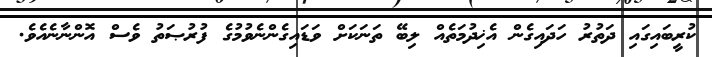
ކުރީބައިގައި ދަތުރު ހަދައިގެން އެޚިދުމަތެއް ލިބޭ ތަނަކަށް ވަޑައިގެންނެވުމުގެ ފުރުޞަތު ވެސް އޮންނާނެއެވެ.